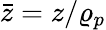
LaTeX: \bar{z}=z/\varrho_{p}